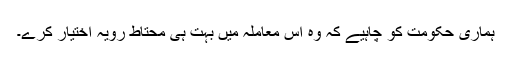
ہماری حکومت کو چاہیے کہ وہ اس معاملہ میں بہت ہی محتاط رویہ اختیار کرے۔